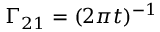
\Gamma _ { 2 1 } = ( 2 \pi t ) ^ { - 1 }